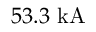
5 3 . 3 \mathrm { ~ k A }